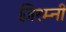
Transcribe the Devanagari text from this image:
ज़िश्म्नी